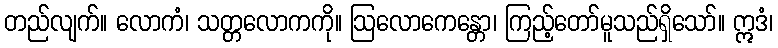
တည်လျက်။ လောကံ၊ သတ္တလောကကို။ ဩလောကေန္တော၊ ကြည့်တော်မူသည်ရှိသော်။ ဣဒံ၊